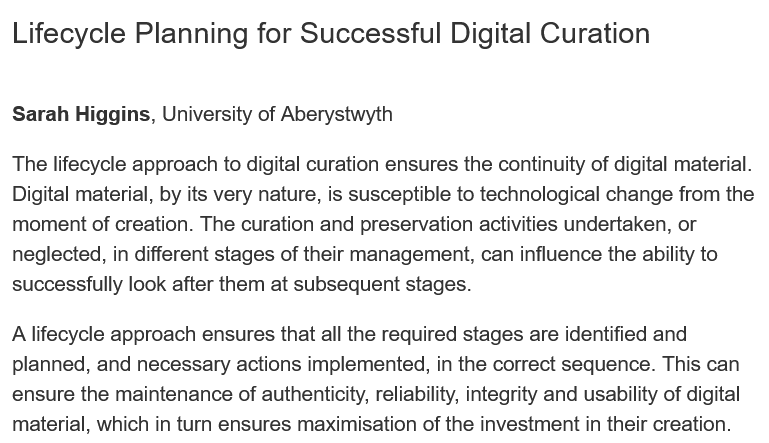
Lifecycle    Planning    for Successful    Digital   Curation
  Sarah  Higgins, University of Aberystwyth
  The lifecycle approach to digital curation ensures the continuity of digital material.
  Digital material, by its very nature, is susceptible to technological change from the
  moment of creation. The curation and preservation activities undertaken, or
  neglected, in different stages of their management, can influence the ability to
  successfully look after them at subsequent stages.
  A lifecycle approach ensures that all the required stages are identified and
  planned, and necessary  actions implemented, in the correct sequence. This can
  ensure the maintenance of authenticity, reliability, integrity and usability of digital
  material, which in turn ensures maximisation of the investment in their creation.